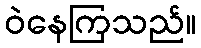
ဝဲနေကြသည်။